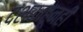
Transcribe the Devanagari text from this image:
दशकाहूनही